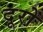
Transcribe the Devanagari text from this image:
दूरों